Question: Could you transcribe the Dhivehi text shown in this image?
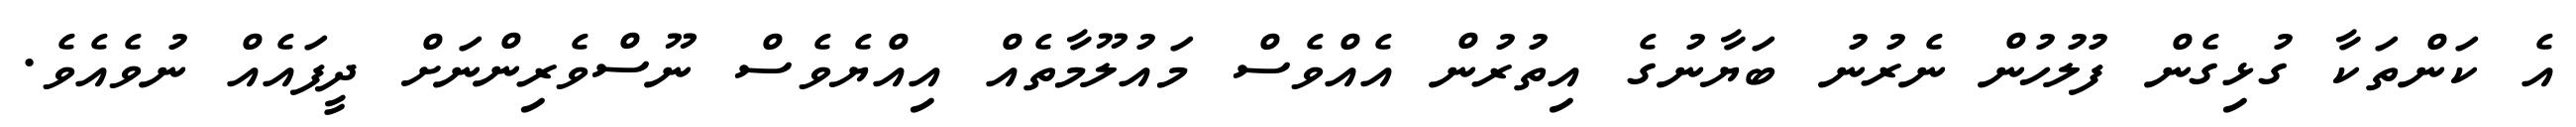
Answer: އެ ކަންތަކާ ގުޅިގެން ފުލުހުން ނެރުނު ބަޔާނުގެ އިތުރުން އެއްވެސް މައުލޫމާތެއް އިއްޔެވެސް ނޫސްވެރިންނަށް ދީފައެއް ނުވެއެވެ.